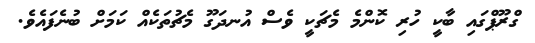
ގްރޫޕްގައި ބާކީ ހުރި ކޮންމެ މެޗަކީ ވެސް އުނދަގޫ މެޗުތަކެއް ކަމަށް ބުނެފައެވެ.